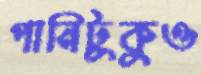
পানিটুকুও